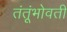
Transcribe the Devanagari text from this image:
तंतूंभोवती